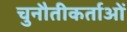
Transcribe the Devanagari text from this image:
चुनौतीकर्ताओं